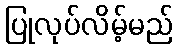
ပြုလုပ်လိမ့်မည်